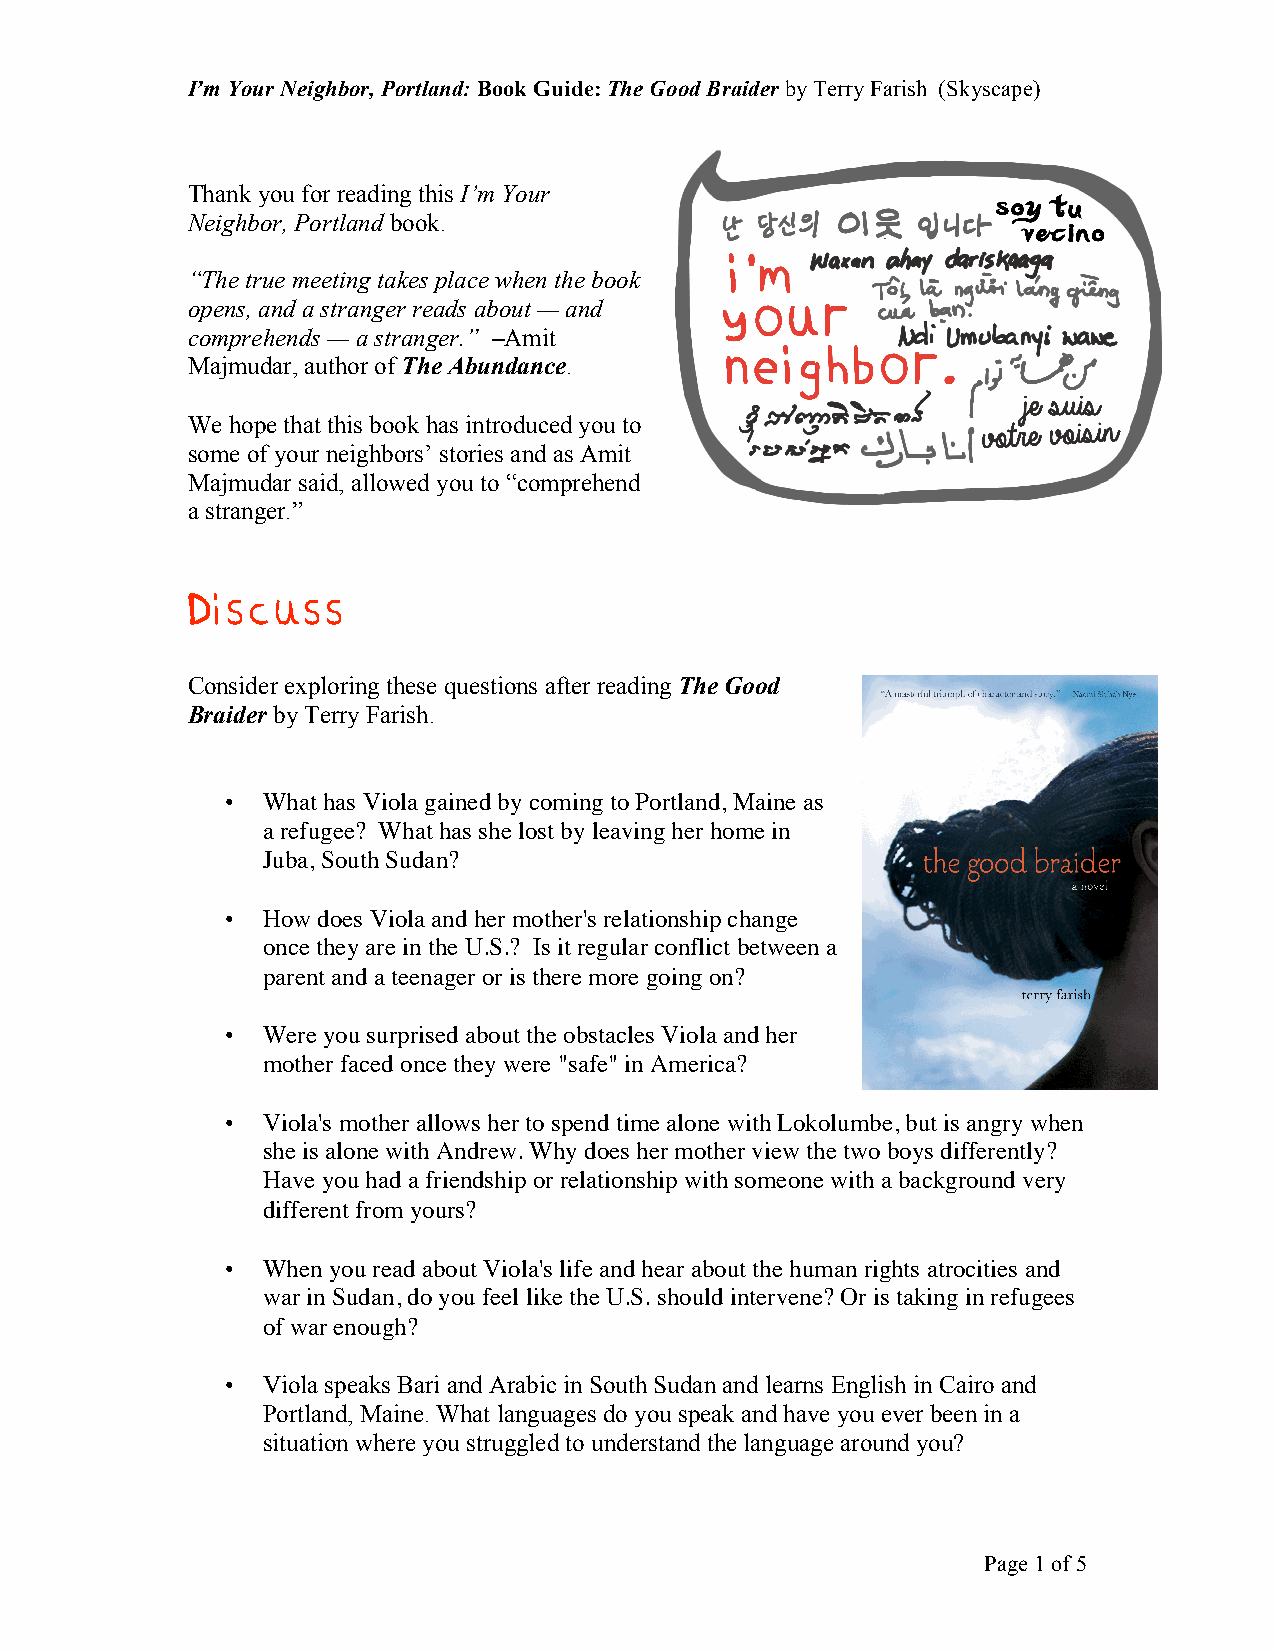
I’m Your Neighbor, Portland: Book Guide: The Good Braider by Terry Farish (Skyscape)
 Thank you for reading this I’m Your
 Neighbor, Portland book.
 “The true meeting takes place when the book
 opens, and a stranger reads about — and
 comprehends — a stranger.” –Amit
 Majmudar, author of The Abundance.
 We hope that this book has introduced you to
 some of your neighbors’ stories and as Amit
 Majmudar said, allowed you to “comprehend
 a stranger.”
 Discuss
 Consider exploring these questions after reading The Good
 Braider by Terry Farish.
 • What has Viola gained by coming to Portland, Maine as
 a refugee? What has she lost by leaving her home in
 Juba, South Sudan?
 • How does Viola and her mother's relationship change
 once they are in the U.S.? Is it regular conflict between a
 parent and a teenager or is there more going on?
 • Were you surprised about the obstacles Viola and her
 mother faced once they were "safe" in America?
 • Viola's mother allows her to spend time alone with Lokolumbe, but is angry when
 she is alone with Andrew. Why does her mother view the two boys differently?
 Have you had a friendship or relationship with someone with a background very
 different from yours?
 • When you read about Viola's life and hear about the human rights atrocities and
 war in Sudan, do you feel like the U.S. should intervene? Or is taking in refugees
 of war enough?
 • Viola speaks Bari and Arabic in South Sudan and learns English in Cairo and
 Portland, Maine. What languages do you speak and have you ever been in a
 situation where you struggled to understand the language around you?
 Page 1 of 5